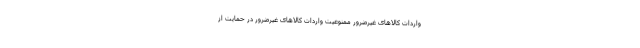
واردات کالا‌های غیرضرور ممنوعیت واردات کالا‌های غیرضرور در حمایت از